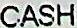
CASH